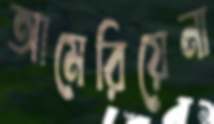
আমেরিয়েনা